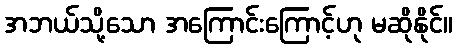
အဘယ်သို့သော အကြောင်းကြောင့်ဟု မဆိုနိုင်။